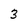
Character: 3